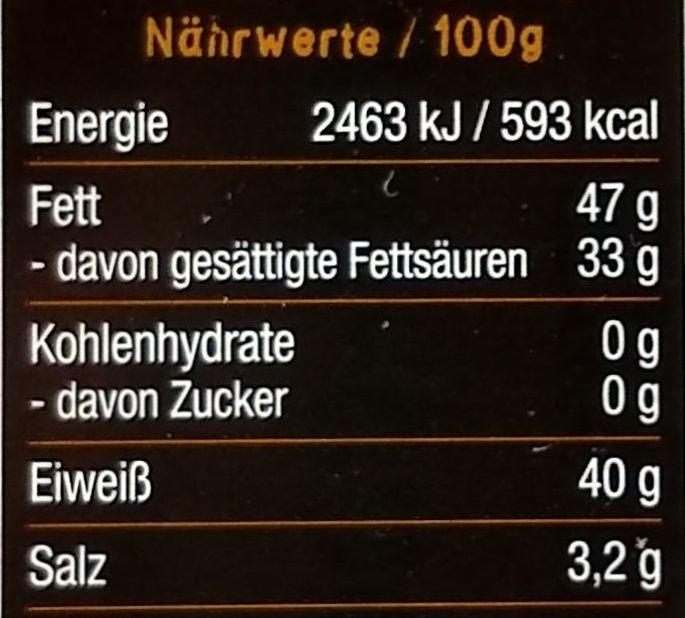
Nährwerte /100g
2463 kJ / 593 kcal 47 g
Energie
Fett
- davon gesättigte Fettsäuren 33 g og og
Kohlenhydrate - davon Zucker
40 g
Eiweiß
3,2 g
Salz